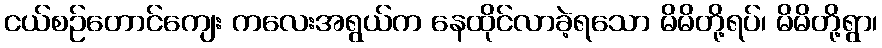
ငယ်စဉ်တောင်ကျေး ကလေးအရွယ်က နေထိုင်လာခဲ့ရသော မိမိတို့ရပ်၊ မိမိတို့ရွာ၊